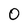
Character: O